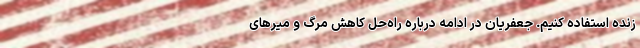
زنده استفاده کنیم. جعفریان در ادامه درباره راه‌حل کاهش مرگ و میرهای